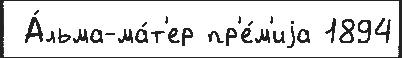
 А́льма-ма́т'ер пр'е́м'иjа 1894